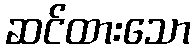
ဆင်ထားသော